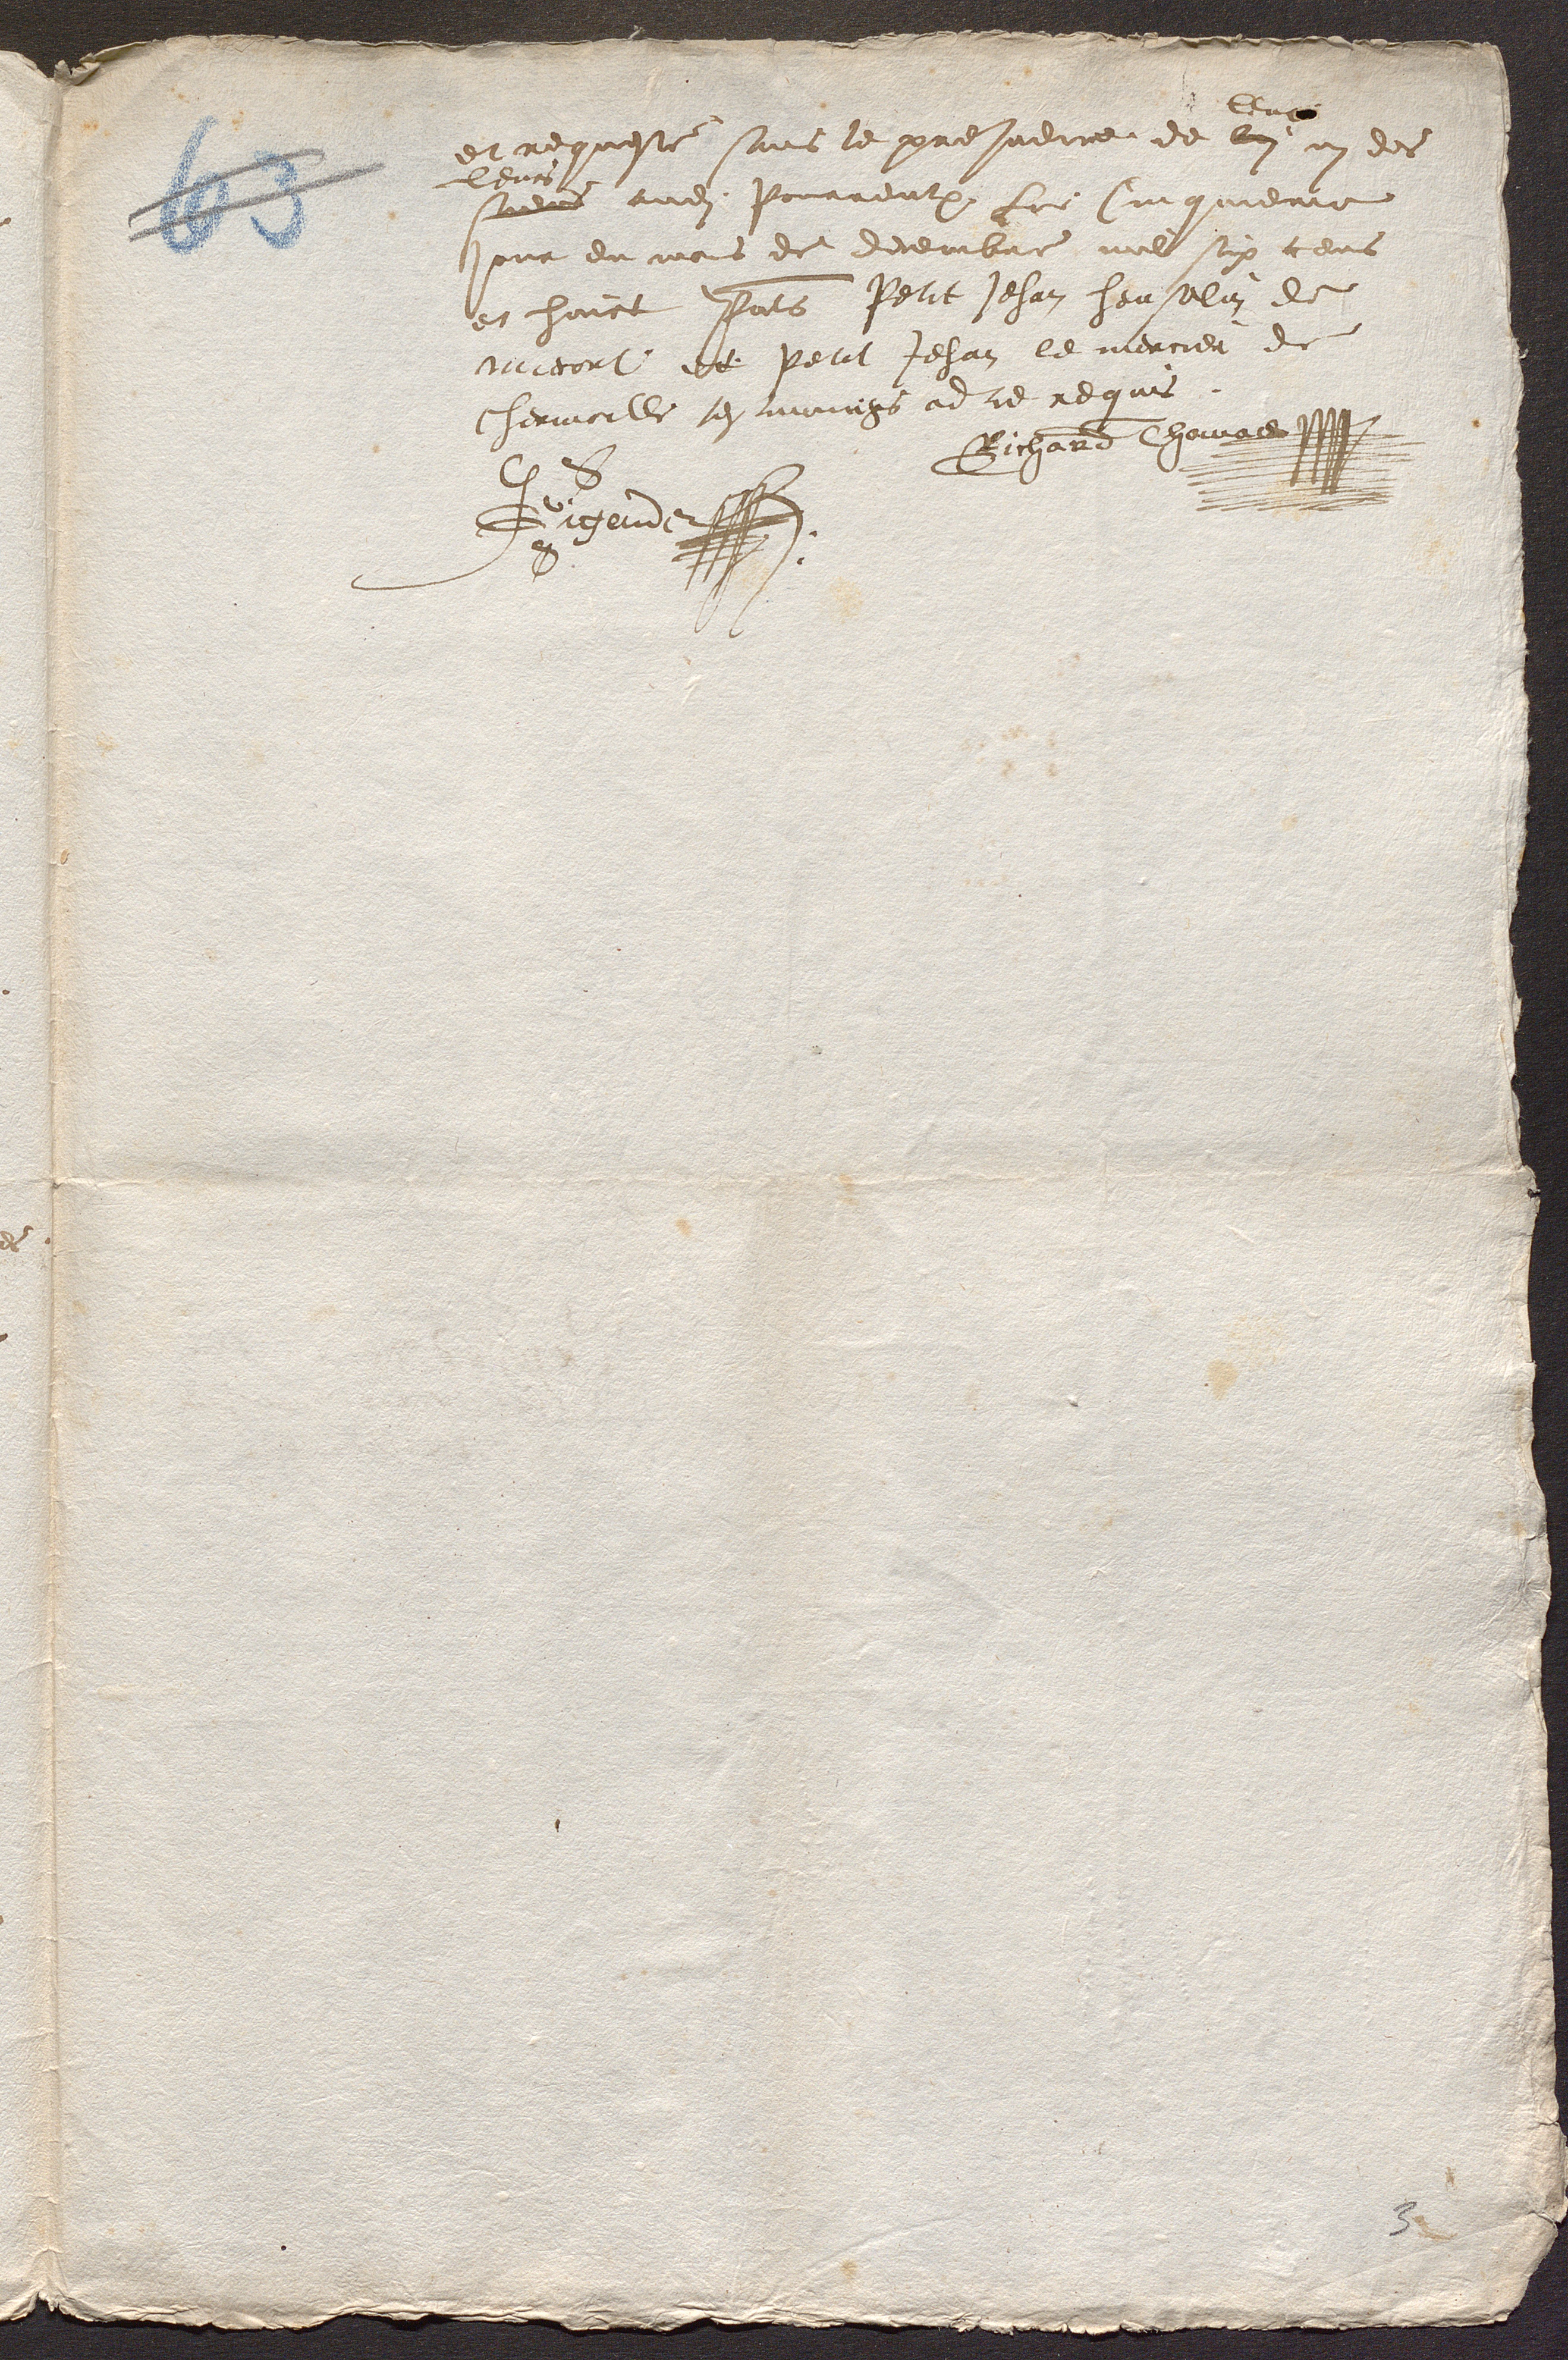
leur
et requeste sans le prejudice de lui  ni des
leurs
audit Pourrentruy Le Cinquieme
jour du mois de decembre mil six cens
et huict Presents Petit jehan henselin de
miecort et petit Jehan le mercier de
Chermoille tesmoings ad ce requis.
Richard Thomas
S
JGigendet